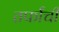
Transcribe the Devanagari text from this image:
तर्फांची